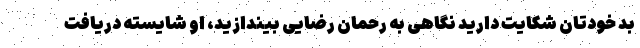
بد خودتان شکایت دارید نگاهی به رحمان رضایی بیندازید، او شایسته دریافت